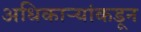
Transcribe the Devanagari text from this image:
अधिकार्‍यांकडून